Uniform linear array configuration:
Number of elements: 48
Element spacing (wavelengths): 0.5
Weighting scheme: hamming
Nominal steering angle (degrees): -45
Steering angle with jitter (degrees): -45.302
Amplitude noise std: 0.05
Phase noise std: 0.05

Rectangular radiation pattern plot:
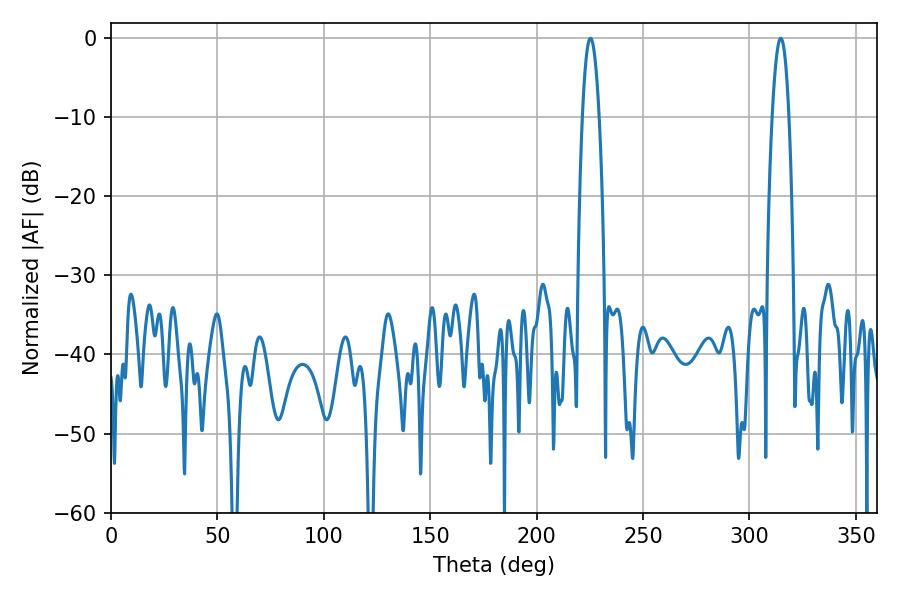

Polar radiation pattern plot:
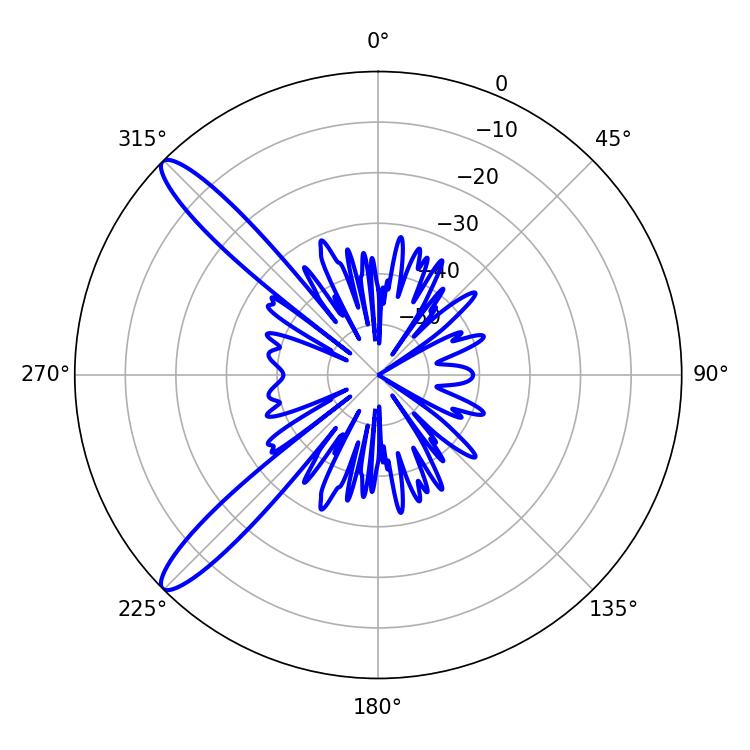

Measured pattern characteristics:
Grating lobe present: FALSE
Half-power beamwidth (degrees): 4.32
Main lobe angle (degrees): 225.36